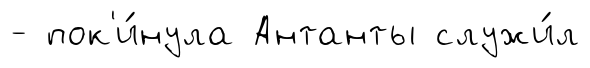
- пок'и́нула Антанты служи́л